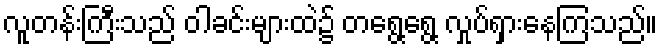
လူတန်းကြီးသည် ဝါခင်းများထဲ၌ တရွေ့ရွေ့ လှုပ်ရှားနေကြသည်။